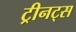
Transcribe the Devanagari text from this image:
ट्रीनट्स